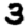
Digit: 3